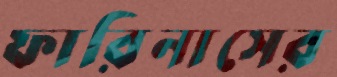
ফারিনাসের